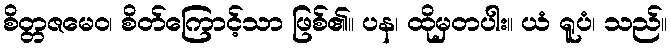
စိတ္တဇမေဝ၊ စိတ်ကြောင့်သာ ဖြစ်၏။ ပန၊ ထိုမှတပါး။ ယံ ရူပံ၊ သည်။